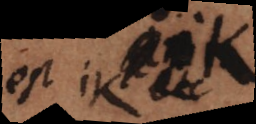
est e